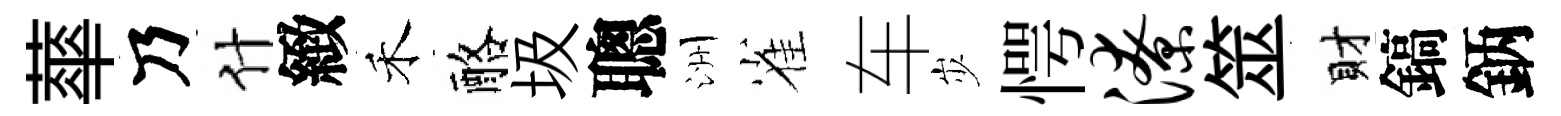
蕐乃什緻禾酪圾聰洲雀车𡵯愕潦筮財鎬鈵